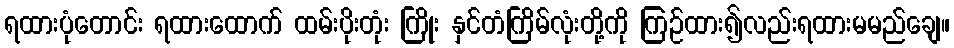
ရထားပုံတောင်း ရထားထောက် ထမ်းပိုးတုံး ကြိုး နှင်တံကြိမ်လုံးတို့ကို ကြဉ်ထား၍လည်းရထားမမည်ချေ။